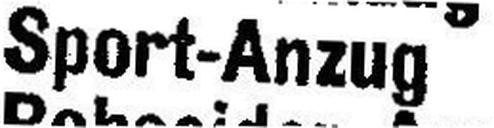
Sport-Anzug